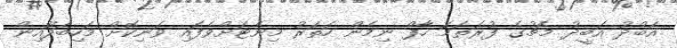
އަބްދު އަބީދު މެޗުގެ ފުރަތަމަ ހާފް ނިމެން ހަތަރު މިނެޓަށްވެފައި ވަނިކޮށް މަހިބަދޫއިން